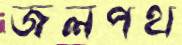
জলপথ